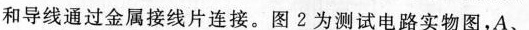
和导线通过金属接线片连接。图2为测试电路实物图，A、